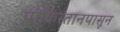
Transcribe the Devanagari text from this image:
पाकिस्तानपासून